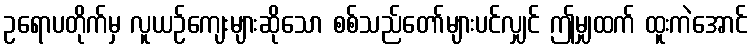
ဥရောပတိုက်မှ လူယဉ်ကျေးများဆိုသော စစ်သည်တော်များပင်လျှင် ဤမျှထက် ထူးကဲအောင်